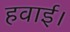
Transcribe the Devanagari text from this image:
हवाई।